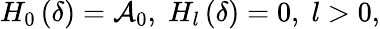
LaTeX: H_{0}\left(\delta\right)=\mathcal{A}_{0},\; H_{l}\left(\delta\right)=0,\; l>0,